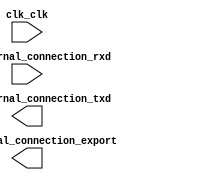

module serial_uart (
	clk_clk,
	led_external_connection_export,
	uart_external_connection_rxd,
	uart_external_connection_txd);	

	input		clk_clk;
	output	[7:0]	led_external_connection_export;
	input		uart_external_connection_rxd;
	output		uart_external_connection_txd;
endmodule